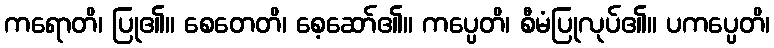
ကရောတိ၊ ပြု၏။ စေတေတိ၊ စေ့ဆော်၏။ ကပ္ပေတိ၊ စီမံပြုလုပ်၏။ ပကပ္ပေတိ၊